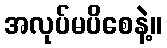
အလုပ်မပိစေနဲ့။